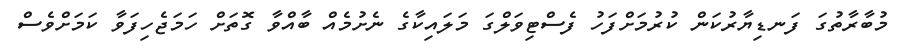
މުބާރާތުގަ ފަނޑިޔާރުކަން ކުރުމަށްފަހު ފެސްޓިވަލްގަ މަލައިކާގެ ނެށުމެއް ބާއްވާ ގޮތަށް ހަމަޖެހިފަވާ ކަމަށްވެސް